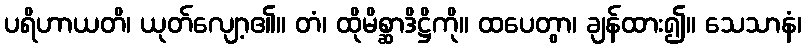
ပရိဟာယတိ၊ ယုတ်လျော့၏။ တံ၊ ထိုမိစ္ဆာဒိဋ္ဌိကို။ ထပေတွာ၊ ချန်ထား၍။ သေသာနံ၊